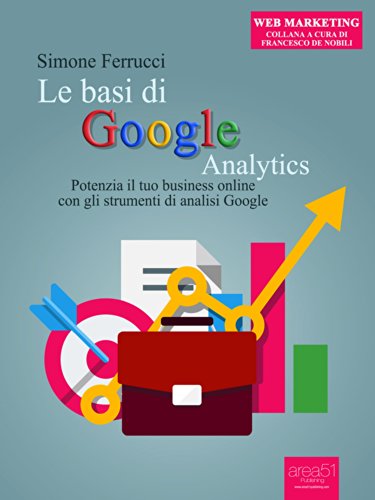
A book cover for Le basi di Google Analytics: Potenzia il tuo business online con gli strumenti di analisi Google (Web Marketing) (Italian Edition); Simone Ferrucci; Computers & Technology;